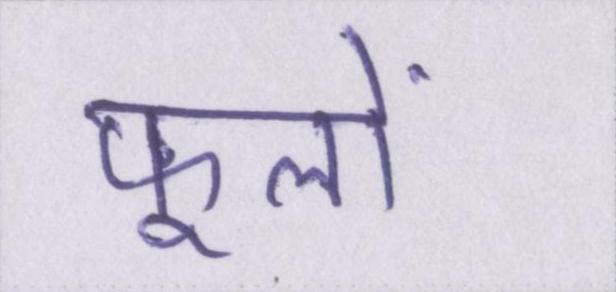
फूलों